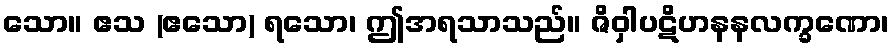
သော။ ဧသ (ဧသော) ရသော၊ ဤအရသာသည်။ ဇိဝှါပဋိဟနနလက္ခဏော၊